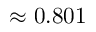
\approx 0 . 8 0 1